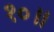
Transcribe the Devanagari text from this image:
१०॥